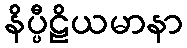
နိပ္ပီဠိယမာနာ